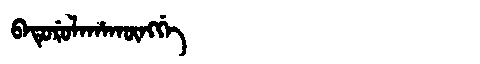
Manchu: ᠪᠠᡨᡠᡵᡠᠯᠠᡥᠠᡴᡡᠩᡤᡝ
Romanization: BATURULAHAKŪNGGE